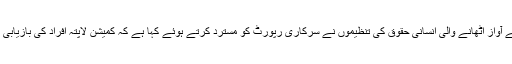
لاپتہ افراد کے لیے آواز اُٹھانے والی انسانی حقوق کی تنظیموں نے سرکاری رپورٹ کو مسترد کرتے ہوئے کہا ہے کہ کمیشن لاپتہ افراد کی بازیابی میں ناکام رہا ہے۔